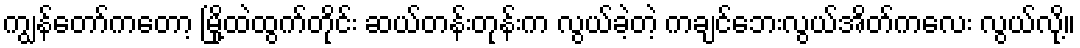
ကျွန်တော်ကတော့ မြို့ထဲထွက်တိုင်း ဆယ်တန်းတုန်းက လွယ်ခဲ့တဲ့ ကချင်ဘေးလွယ်အိတ်ကလေး လွယ်လို့။